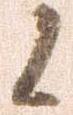
候